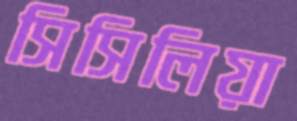
সিসিলিয়া